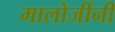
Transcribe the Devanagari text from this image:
मालोजींनी